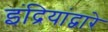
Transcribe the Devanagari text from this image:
इंद्रियांद्वारे